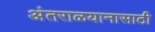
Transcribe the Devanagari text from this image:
अंतराळयानासाठी